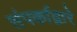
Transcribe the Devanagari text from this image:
संपर्काद्वारे